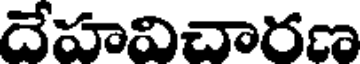
దేహవిచారణ